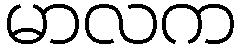
မာလက